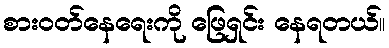
စားဝတ်နေရေးကို ဖြေရှင်း နေရတယ်။